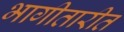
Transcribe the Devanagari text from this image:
भागीतारीत